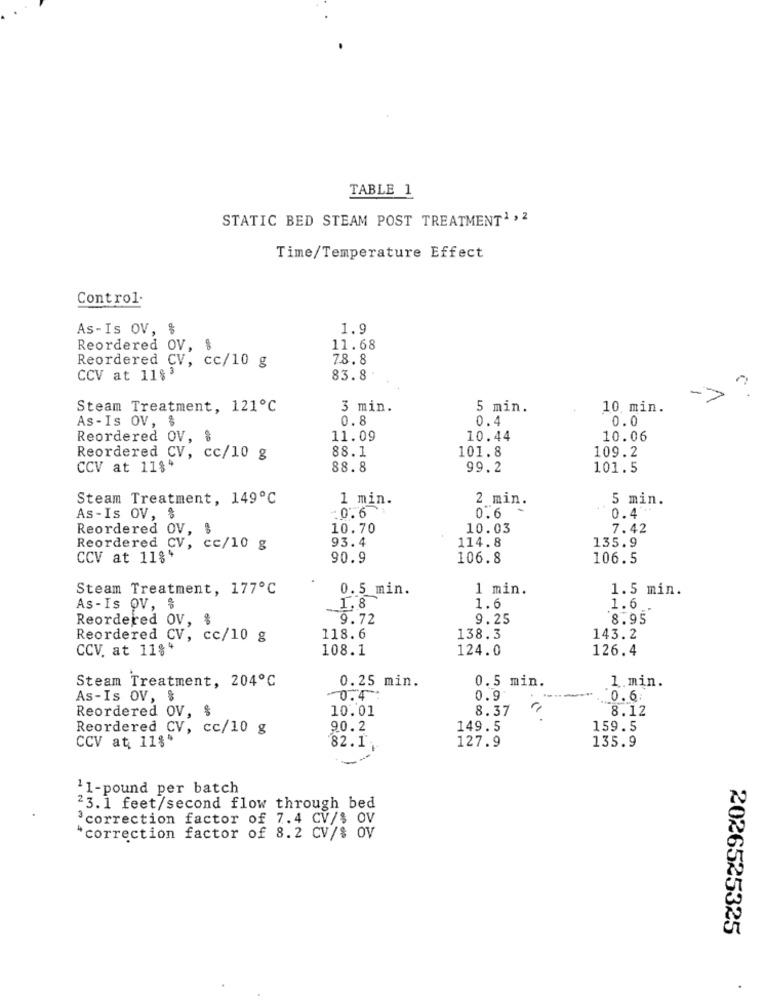
TABLE 1
STATIC BED STEAM POST TREATMENT1 ,2
Time/Temperature Effect
Control-
As-Is OV,
1.9
Reordered OV, $
11.68
78.8
Reordered CV, cc/10 g
CCV at 1183
83.8
Steam Treatment, 121℃
3 min.
5 min.
10. min.
As - Is OV, $
0.8
0.4
0.0
Reordered OV, %
11.09
10.44
10.06
88.1
101.8
Reordered CV, cc/10 g
109.2
CCV at 1184
88.8
99.2
101.5
Steam Treatment, 149℃
1 min.
2 min.
5 min.
0.6
As-Is OV, $
. 0. 6
0.4
Reordered OV, $
10.70
10.03
7.42
93.4
114.8
135.9
Reordered CV, cc/10 g
CCV at 11%
90.9
106.8
106.5
Steam Treatment, 177℃
0.5 min.
1 min.
1.5 min.
1.6
As-Is OV, $
1.8
1.6
Reordered OV,
9.72
9.25
8.95
Reordered CV, cc/10 g
118.6
138.3
143.2
CCV. at 11%
108.1
124.0
126.4
Steam Treatment, 204℃
0.25 min.
0.5 min.
1.min.
As-Is OV, %
0.4 :
0.9
0.6.
10.01
8.37
8.12
Reordered OV,
Reordered CV, cc/10 g
90.2
149.5
159.5
CCV at 11%"
82.1
127.9
135.9
11-pound per batch
23. 1 feet/second flow through bed
correction factor of 7.4 CV/$ OV
"correction factor of 8.2 CV/$ OV
2026525325
.